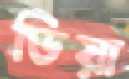
ডিয়া